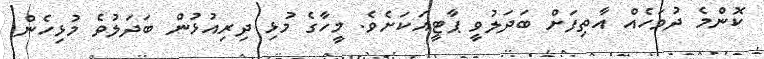
ކޮންމެ ދުވަހެއް އާތިފަށް ބަދަލުވީ ޕާޓީއަކަށެވެ. މީހާގެ މުޅި ދިރިއުޅުން ބަދަލުވެ މުޅިހެން